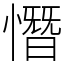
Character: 憯